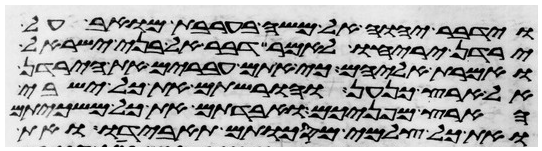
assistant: וידבר יהוה אל משה בערבת מואב על
ירדן יריחו לאמר דבר אל בני ישראל
ואמרת אליהם כי אתם עברים את הירדן
אל ארץ כנען והורשתם את כל ישבי
הארץ מפניכם ואבדתם את כל משכיותם
ואת כל צלמי מסכותם תאבידו ואת